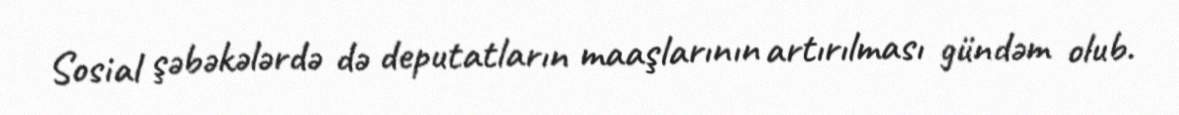
Sosial şəbəkələrdə də deputatların maaşlarının artırılması gündəm olub.